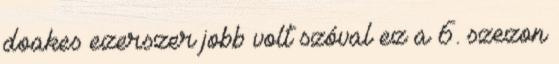
doakes ezerszer jobb volt szóval ez a 6. szezon